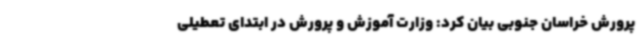
پرورش خراسان جنوبی بیان کرد: وزارت آموزش و پرورش در ابتدای تعطیلی